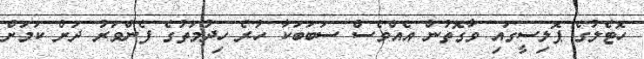
ހޮޓެލުގެ ޕޮލިސީގައި ވާގޮތުން އެއްވެސް ސަބަބަކާ ހުރެ ހިދުމަތުގެ ފެންވަރު ދަށް ކަމަށް